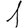
Digit: 1